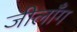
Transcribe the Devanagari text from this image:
जीलाँग